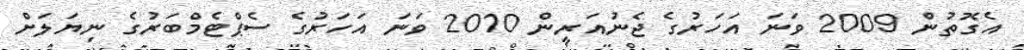
އެގޮތުން 2009 ވަނަ އަހަރުގެ ޖެނުއަރީން 2010 ވަނަ އަހަރުގެ ސެޕްޓެމްބަރުގެ ނިޔަލަށް